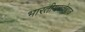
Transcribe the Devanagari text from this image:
भारतीयबल्लेबाज